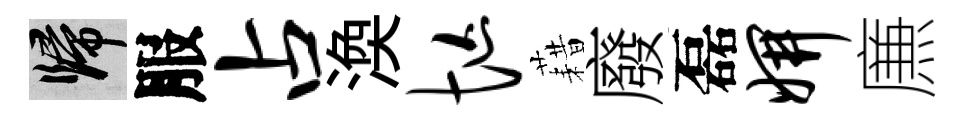
歸服占渙忙藉廢磊妍㢘